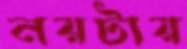
নয়টায়